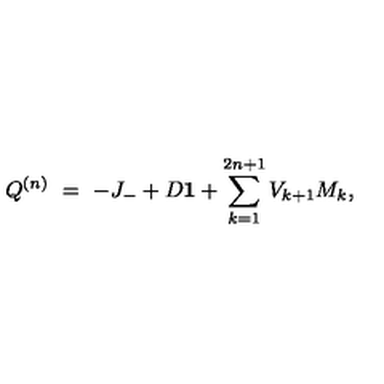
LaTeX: Q ^ { ( n ) } \ = \ - J _ { - } + D { \bf 1 } + \sum _ { k = 1 } ^ { 2 n + 1 } V _ { k + 1 } M _ { k } ,